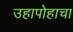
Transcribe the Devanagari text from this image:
उहापोहाचा